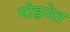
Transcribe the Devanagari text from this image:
मोहनेत